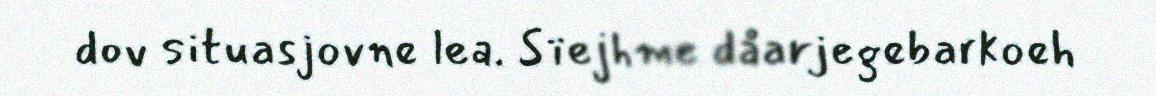
dov situasjovne lea. Sïejhme dåarjegebarkoeh